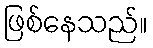
ဖြစ်နေသည်။